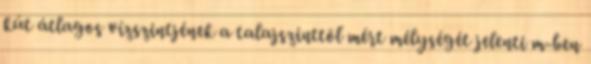
kút átlagos vízszintjének a talajszinttõl mért mélységét jelenti m-ben